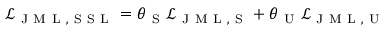
\mathcal { L } _ { \mathrm { ~ J ~ M ~ L ~ , ~ S ~ S ~ L ~ } } = \theta _ { \mathrm { ~ S ~ } } \mathcal { L } _ { \mathrm { ~ J ~ M ~ L ~ , ~ S ~ } } + \theta _ { \mathrm { ~ U ~ } } \mathcal { L } _ { \mathrm { ~ J ~ M ~ L ~ , ~ U ~ } }